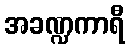
အခဏ္ဍကာရီ